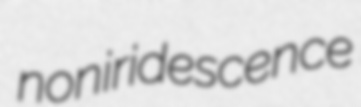
noniridescence